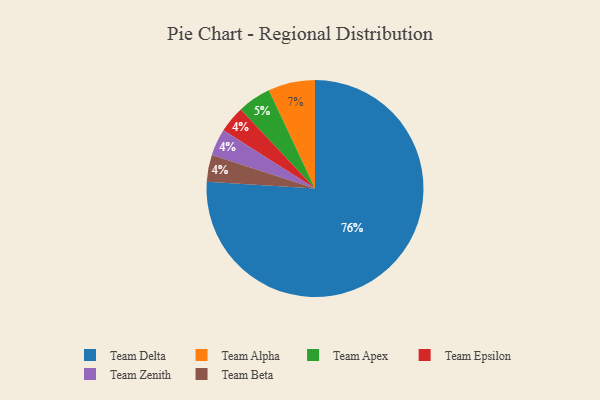
{"axis": {"x": "Category", "y": "Percentage"}, "legend": ["Team Alpha", "Team Apex", "Team Beta", "Team Delta", "Team Epsilon", "Team Zenith"], "data": [{"x": "Team Epsilon", "y": 4, "type": "Team Epsilon"}, {"x": "Team Zenith", "y": 4, "type": "Team Zenith"}, {"x": "Team Delta", "y": 76, "type": "Team Delta"}, {"x": "Team Apex", "y": 5, "type": "Team Apex"}, {"x": "Team Beta", "y": 4, "type": "Team Beta"}, {"x": "Team Alpha", "y": 7, "type": "Team Alpha"}]}